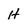
Character: H